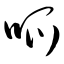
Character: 呱